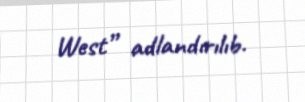
West” adlandırılıb.